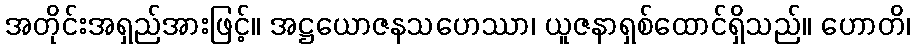
အတိုင်းအရှည်အားဖြင့်။ အဋ္ဌယောဇနသဟေဿာ၊ ယူဇနာရှစ်ထောင်ရှိသည်။ ဟောတိ၊